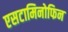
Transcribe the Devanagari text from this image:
एसटामिनोफिन